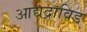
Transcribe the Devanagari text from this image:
आद्यद्राविड